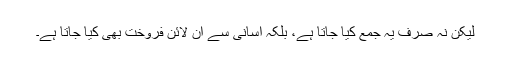
لیکن نہ صرف یہ جمع کیا جاتا ہے، بلکہ آسانی سے آن لائن فروخت بھی کیا جاتا ہے۔